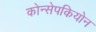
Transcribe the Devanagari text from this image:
कोन्सेपकियोन